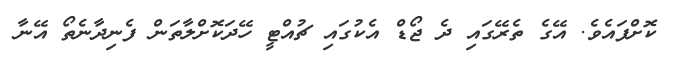
ކޮށްފައެވެ. އޭގެ ތެރޭގައި ދެ ޖޯޑް އެކުގައި ޗުއްޓީ ހޭދަކޮށްލާތަން ފެނިދާނެތޯ އޭނާ